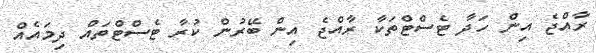
ރާއްޖެ އިން ހަދާ ޓެސްޓްތަކާ ރާއްޖެ އިން ބޭރުން ކުރާ ޓެސްޓްތައް ދިމައެއް